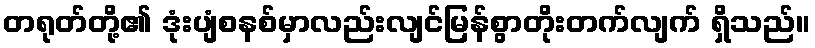
တရုတ်တို့၏ ဒုံးပျံစနစ်မှာလည်းလျင်မြန်စွာတိုးတက်လျက် ရှိသည်။